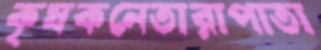
কৃষকনেতারাপাতা